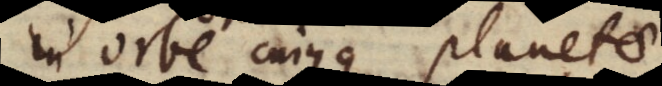
in orbe cujusque planetae